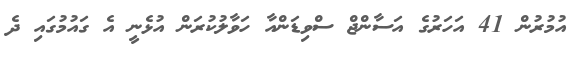
އުމުރުން 41 އަހަރުގެ އަސާންޖް ސްވިޑަންއާ ހަވާލުކުރަން އުޅެނީ އެ ގައުމުގައި ދެ